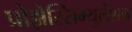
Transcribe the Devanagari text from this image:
प्रोझेस्सिम्युलेशन